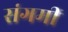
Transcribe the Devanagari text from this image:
संगमीं